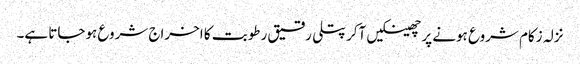
نزلہ زکام شروع ہونے پر چھینکیں آکر پتلی رقیق رطوبت کا اخراج شروع ہوجاتا ہے۔